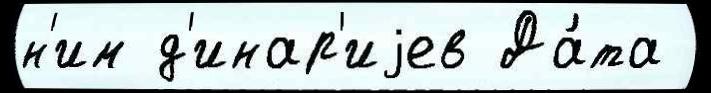
н'им д'инар'иjев Да́та